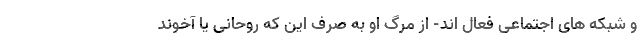
و شبکه های اجتماعی فعال اند- از مرگ او به صرف این که روحانی یا آخوند